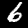
Label: 6